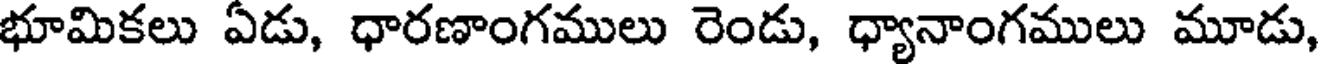
భూమికలు ఏడు, ధారణాంగములు రెండు, ధ్యానాంగములు మూడు,